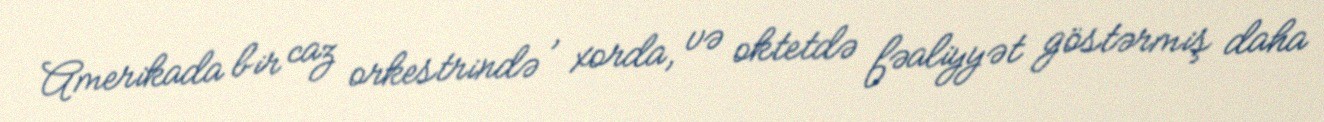
Amerikada bir caz orkestrində , xorda, və oktetdə fəaliyyət göstərmiş daha